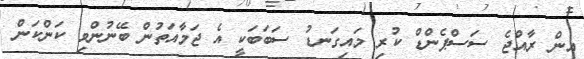
އިން ރާއްޖެ ސަސްޕެންޑް ކުރި މައިގަނޑު ސަބަބަކީ އެ ޖަމާއަތުން ބޭނުންވި ކަންކަން